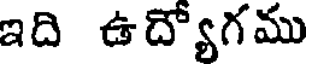
ఇది ఉద్యోగము